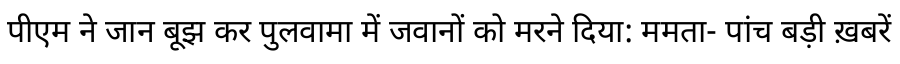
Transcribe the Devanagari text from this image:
पीएम ने जान बूझ कर पुलवामा में जवानों को मरने दिया: ममता- पांच बड़ी ख़बरें